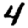
Digit: 4